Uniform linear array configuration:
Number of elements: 48
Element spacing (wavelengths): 0.75
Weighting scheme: exponential
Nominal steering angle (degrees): -60
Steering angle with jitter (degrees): -60.947
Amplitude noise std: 0.05
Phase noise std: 0.05

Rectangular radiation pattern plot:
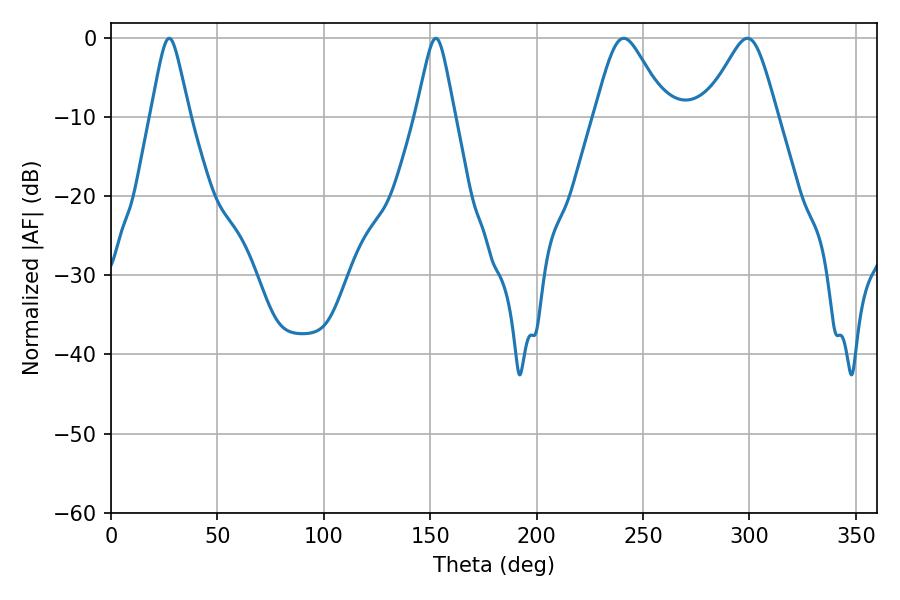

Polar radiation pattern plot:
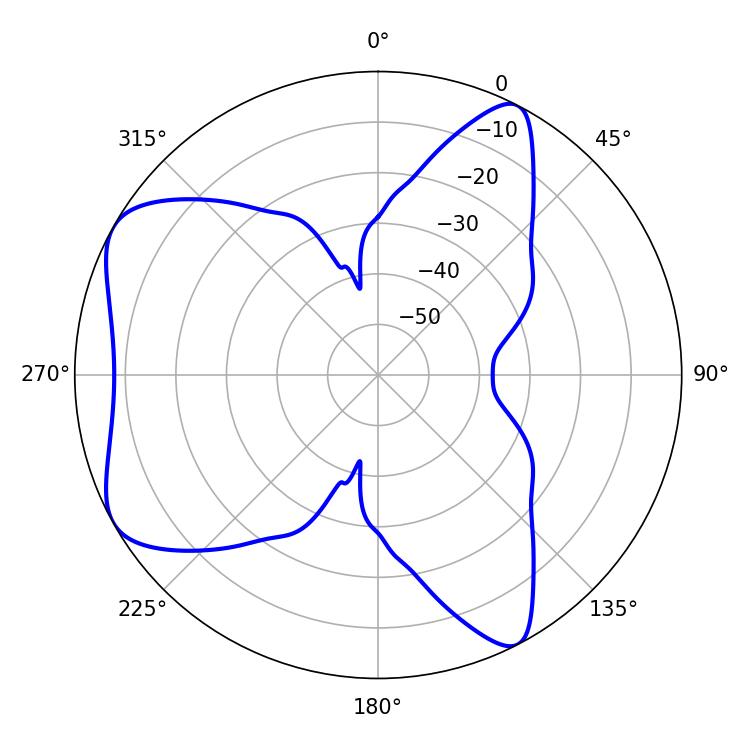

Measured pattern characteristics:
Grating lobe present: TRUE
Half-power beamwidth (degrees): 8.46
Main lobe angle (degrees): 27.36